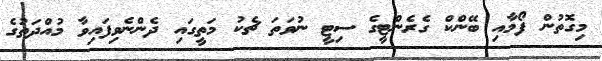
މިގޮތުން ފޯމާއި ބޭންކް ގެރެންޓީގެ ސިޓީ ނުވަތަ ޗެކު މަތީގައި ދެންނެވިފައިވާ މުއްދަތުގެ